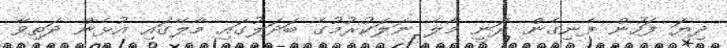
ދިޔަ ފަހުން ފެނިގެން ދަނީ މާލެ ނަލަކުރުމުގެ ބަދަލުގައި މާލޭގައި އުޅެން ދަތިވާ